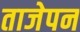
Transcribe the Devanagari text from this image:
ताजेपन